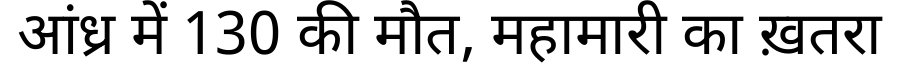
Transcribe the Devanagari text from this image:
आंध्र में 130 की मौत, महामारी का ख़तरा